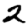
Digit: 2